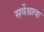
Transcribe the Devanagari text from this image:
सर्वेश्रावा